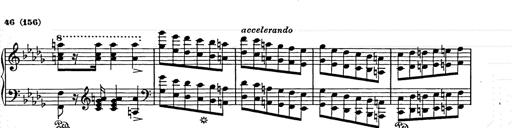
Title: Weihnachtsbaum
Composer: Franz Liszt